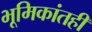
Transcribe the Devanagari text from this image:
भूमिकांतही